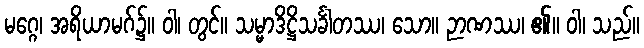
မဂ္ဂေ၊ အရိယာမဂ်၌။ ဝါ၊ တွင်။ သမ္မာဒိဋ္ဌိသင်္ခါတဿ၊ သော။ ဉာဏဿ၊ ၏။ ဝါ၊ သည်။